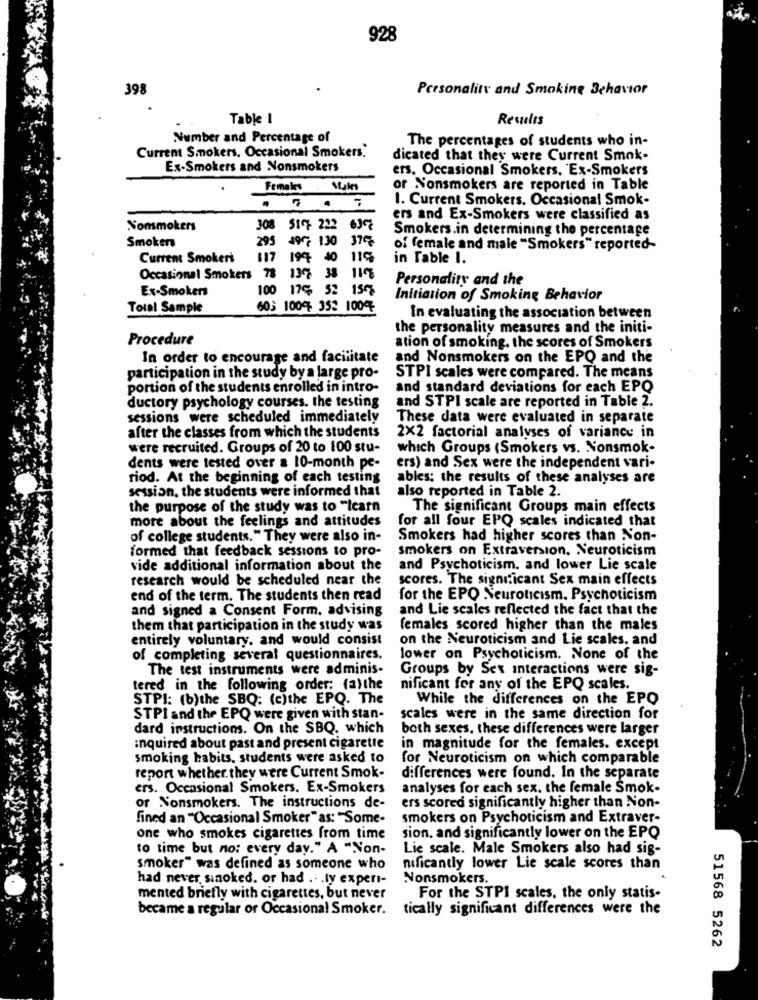
928
398
Personality and Smoking Behavior
Table I
Results
Number and Percentage of
The percentages of students who in-
Current Smokers. Occasional Smokers."
dicated that they were Current Smok-
Ex-Smokers and Nonsmokers
ers. Occasional Smokers, Ex-Smokers
Female Males
or Nonsmokers are reported in Table
1. Current Smokers. Occasional Smok-
ers and Ex-Smokers were classified as
Nonsmokers
308 517 222 638
Smokers.in determining the percentage
Smokers
295 492 130 375
of female and male "Smokers" reported-
Current Smokers
117 199 40 119
in Table I.
Occasional Smokers
78 1376 38 11%
Personality and the
Ex-Smokers
100 17% 52 157
Initiation of Smoking Behavior
Total Sample
603 1004 353 1004
In evaluating the association between
the personality measures and the initi-
Procedure
ation of smoking. the scores of Smokers
In order to encourage and facilitate
and Nonsmokers on the EPQ and the
participation in the study by a large pro-
STPI scales were compared. The means
portion of the students enrolled in intro-
and standard deviations for each EPQ
ductory psychology courses. the testing
and STPI scale are reported in Table 2.
sessions were scheduled immediately
These data were evaluated in separate
after the classes from which the students
2×2 factorial analyses of variance in
were recruited. Groups of 20 to 100 stu-
which Groups (Smokers vs. Nonsmok-
dents were tested over a 10-month pe-
ers) and Sex were the independent vari-
riod. At the beginning of each testing
ables; the results of these analyses are
session, the students were informed that
also reported in Table 2.
the purpose of the study was to "Icarn
The significant Groups main effects
more about the feelings and attitudes
for all four EPQ scales indicated that
of college students." They were also in-
Smokers had higher scores than Non-
formed that feedback sessions to pro-
smokers on Extraversion. Neuroticism
vide additional information about the
and Psychoticism, and lower Lie scale
research would be scheduled near the
scores. The significant Sex main effects
end of the term. The students then read
for the EPO Neuroticism. Psychoticism
and signed a Consent Form. advising
and Lie scales reflected the fact that the
them that participation in the study was
females scored higher than the males
entirely voluntary. and would consist
on the Neuroticism and Lie scales, and
of completing several questionnaires.
lower on Psychoticism. None of the
The test instruments were adminis-
Groups by Sex interactions were sig-
tered in the following order: (a)the
nificant for any of the EPQ scales.
STPI: (b)the SBQ: (c)the EPQ. The
While the differences on the EPO
STPI and the EPQ were given with stan-
scales were in the same direction for
dard instructions. On the SBQ. which
both sexes, these differences were larger
inquired about past and present cigarette
in magnitude for the females. except
smoking habits. students were asked to
for Neuroticism on which comparable
report whether they were Current Smok-
differences were found. In the separate
ers. Occasional Smokers. Ex-Smokers
analyses for each sex. the female Smok-
ers scored significantly higher than Non-
or Nonsmokers. The instructions de-
fined an "Occasional Smoker " as: "Some-
smokers on Psychoticism and Extraver-
one who smokes cigarettes from time
sion. and significantly lower on the EPQ
to time but no: every day." A "Non-
Lie scale. Male Smokers also had sig-
smoker" was defined as someone who
nificantly lower Lie scale scores than
had never sinoked. or had .. . ly expert-
Nonsmokers.
mented briefly with cigarettes, but never
For the STPI scales, the only statis-
became a regular or Occasional Smoker.
tically significant differences were the
51568 5262